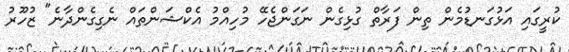
ކުރީގައި އަޅުގަނޑުމެން ތިން ފަރާތް ގުޅިގެން ނަގަންޖެހޭ މުހިއްމު އެކްޝަންތައް ނެގިގެންދާނެ" ޒުހޫރު